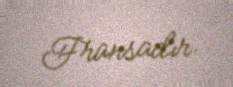
Fransadır.